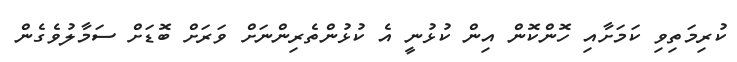
ކުރިމަތިވި ކަމަށާއި ހޮންކޮން އިން ކުޅުނީ އެ ކުޅުންތެރިންނަށް ވަރަށް ބޮޑަށް ސަމާލުވެގެން